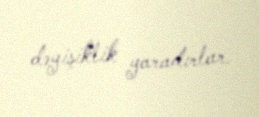
dəyişiklik yaradırlar.